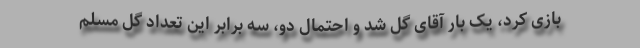
بازی کرد، یک بار آقای گل شد و احتمال دو، سه برابر این تعداد گل مسلم